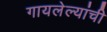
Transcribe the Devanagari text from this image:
गायलेल्यांची